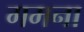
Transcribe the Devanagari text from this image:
गमना